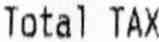
TOTAL TAX